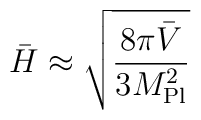
\bar H \approx  \sqrt{8\pi \bar V \over 3 M_{\rm Pl}^2}